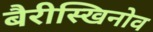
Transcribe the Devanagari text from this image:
बैरीस्खिनोव